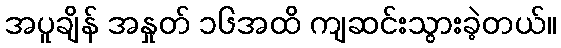
အပူချိန် အနှုတ် ၁၆အထိ ကျဆင်းသွားခဲ့တယ်။